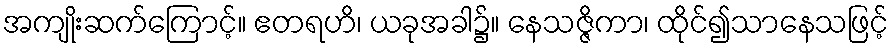
အကျိုးဆက်ကြောင့်။ ဧတရဟိ၊ ယခုအခါ၌။ နေသဇ္ဇိကာ၊ ထိုင်၍သာနေသဖြင့်